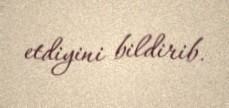
etdiyini bildirib.